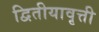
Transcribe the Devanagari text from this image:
द्वितीयावृत्ती